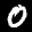
Label: 0